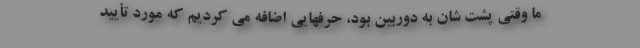
ما وقتى پشت شان به دوربين بود، حرفهايى اضافه مى كرديم كه مورد تأييد